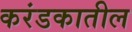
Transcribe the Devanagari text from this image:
करंडकातील